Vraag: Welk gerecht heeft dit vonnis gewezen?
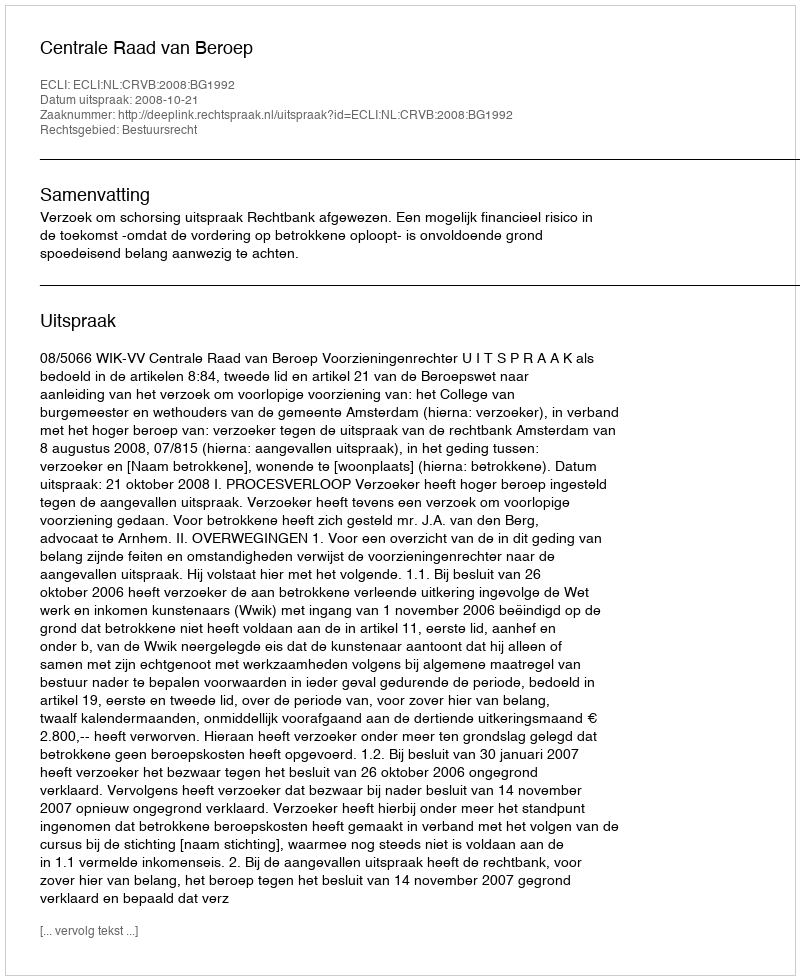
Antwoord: Centrale Raad van Beroep